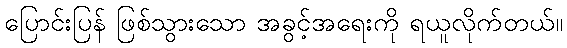
ပြောင်းပြန် ဖြစ်သွားသော အခွင့်အရေးကို ရယူလိုက်တယ်။